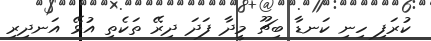
ކުރަފި ހިނި ކަނޑާ ބިޗޫ މީދާ ފަދަ ދިރޭ ތަކެތި އުޅޭ އަނދިރި